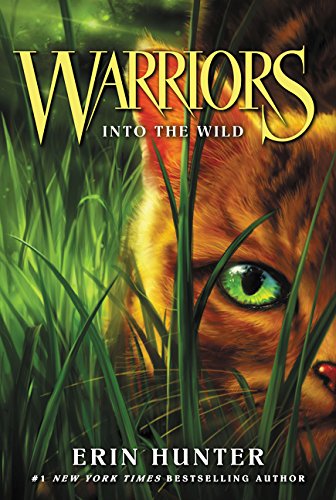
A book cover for Warriors #1: Into the Wild (Warriors: The Prophecies Begin); Erin Hunter; Children's Books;